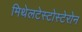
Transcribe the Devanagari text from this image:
मिथेलटेस्टोस्टेरोन